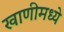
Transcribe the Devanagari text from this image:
खाणीमध्ये